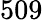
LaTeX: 509